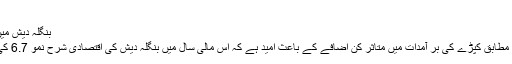
(03.01.2011)
بنگلہ دیش میں اقتصادی ترقی کی ریکارڈ شرح
بنگلہ دیش کے مرکزی بینک کے مطابق کپڑے کی بر آمدات میں متاثر کن اضافے کے باعث امید ہے کہ اس مالی سال میں بنگلہ دیش کی اقتصادی شرح نمو 6.7 کی ریکارڈ سطح پر پہنچ سکتی ہے۔